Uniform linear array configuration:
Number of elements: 24
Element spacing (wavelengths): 1
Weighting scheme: kaiser
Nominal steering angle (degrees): -30
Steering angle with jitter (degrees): -29.936
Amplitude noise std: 0.05
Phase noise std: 0.05

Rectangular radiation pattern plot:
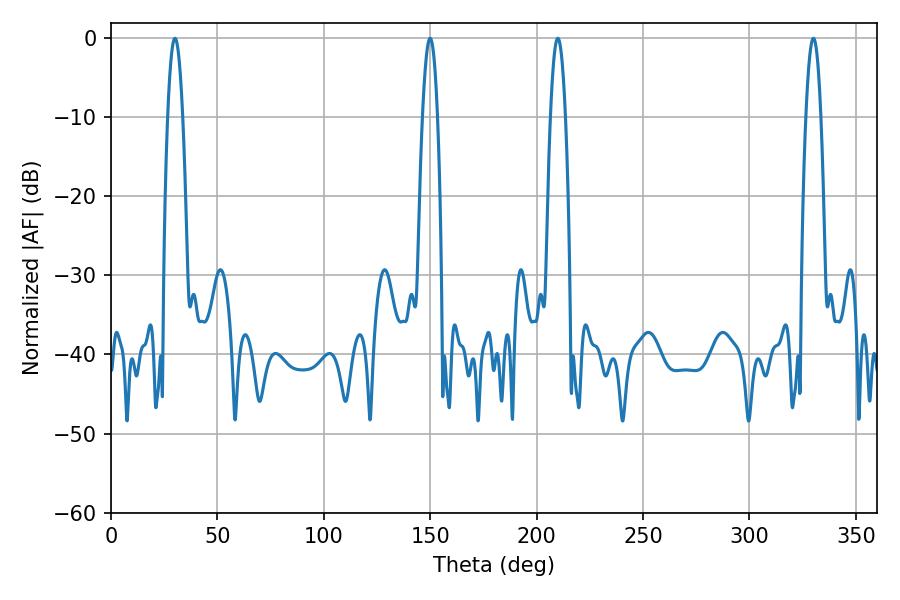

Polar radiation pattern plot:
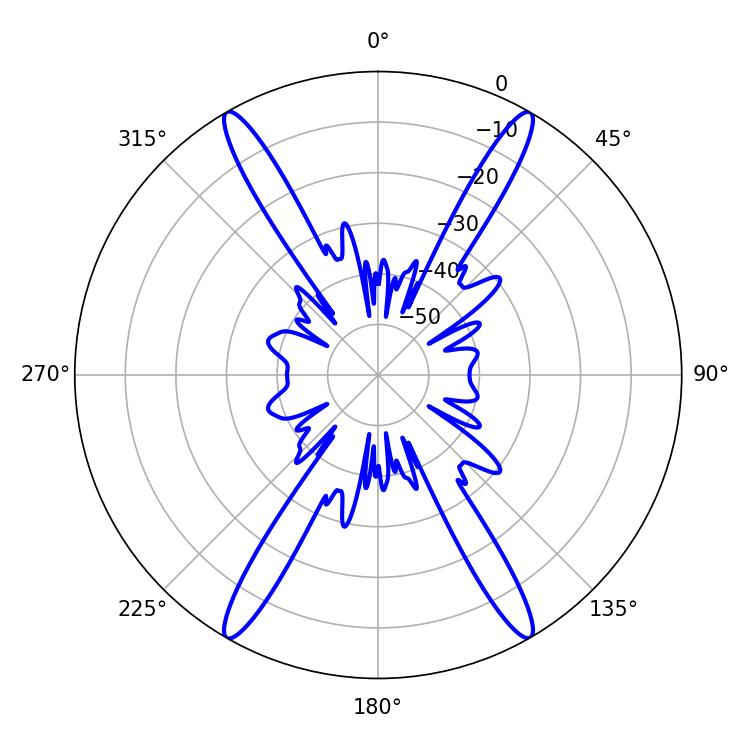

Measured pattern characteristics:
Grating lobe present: TRUE
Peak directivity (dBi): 35.412
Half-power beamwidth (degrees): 3.96
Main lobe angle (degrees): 30.06